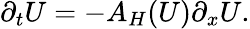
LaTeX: \begin{array}{r}{\partial_{t}U=-A_{H}(U)\partial_{x}U.}\end{array}